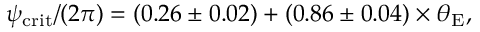
\begin{array} { r } { \psi _ { \mathrm { c r i t } } / ( 2 \pi ) = \left( 0 . 2 6 \pm 0 . 0 2 \right) + \left( 0 . 8 6 \pm 0 . 0 4 \right) \times \theta _ { \mathrm { E } } , } \end{array}